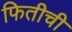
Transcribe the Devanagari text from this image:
फितीची